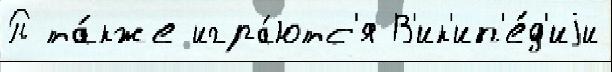
П та́кже игра́ютс'я В'ик'ип'е́д'иjи